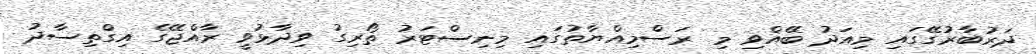
ދަރުބާރުގޭގައި މިއަދު ބޭއްވި މި ރަސްމިއްޔާތުގައި މިނިސްޓަރު ތޯރިގު ވިދާޅުވީ ރާއްޖޭގެ އިގްތިސާދު